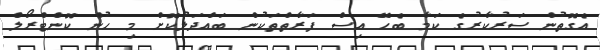
އެގޮތުން ސަރުކާރުގެ ކަމާ ބެހޭ އިސް ފަރާތްތަކުން ބައްދަލުކޮށް މި ހުން ކޮންޓްރޯލް